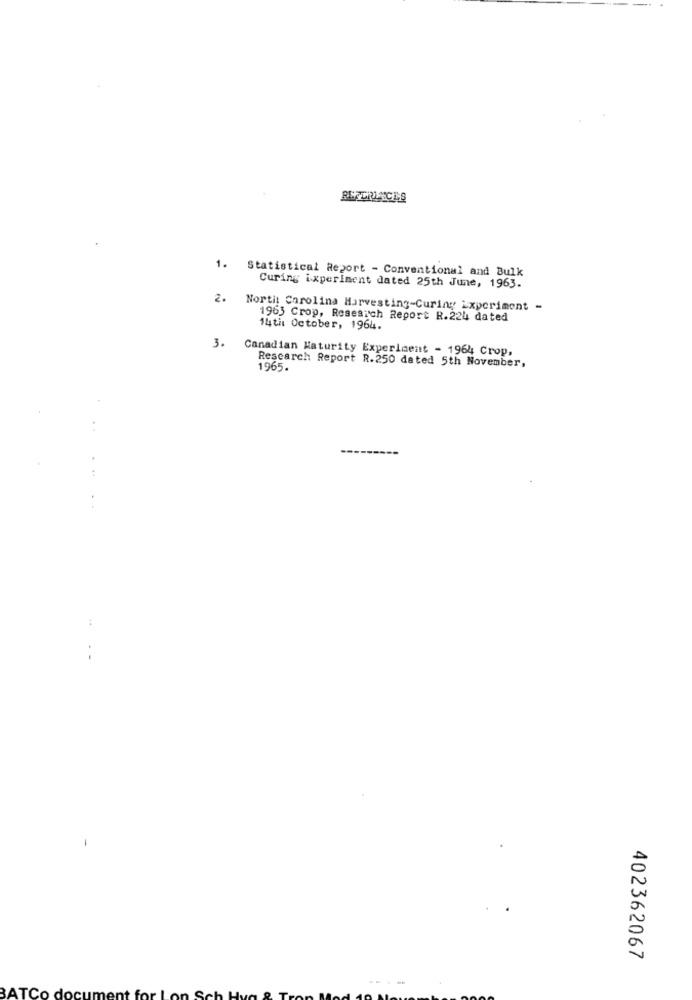
1. Statistical Report - Conventional and Bulk
Curing i xperiment dated 25th June, 1963.
2. North Carolina Harvesting-Curing Experiment -
1963 Crop, Research Report R.224 dated
14th October, 1964.
3.
Canadian Maturity Experiment - 1964 Crop,
Research Report R.250 dated 5th November,
1965.
402362067
BATCo do